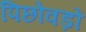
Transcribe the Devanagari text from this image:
पिछोवड़ों